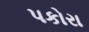
પકોરા